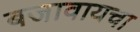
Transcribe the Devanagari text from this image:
बजावायचा